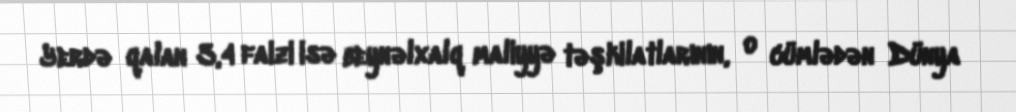
Yerdə qalan 3,4 faizi isə beynəlxalq maliyyə təşkilatlarının, o cümlədən Dünya